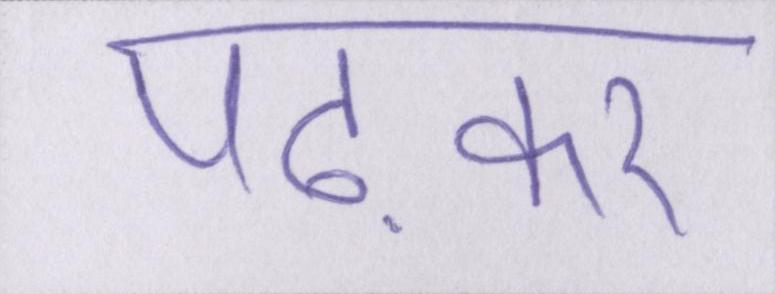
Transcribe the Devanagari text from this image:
पढ़कर